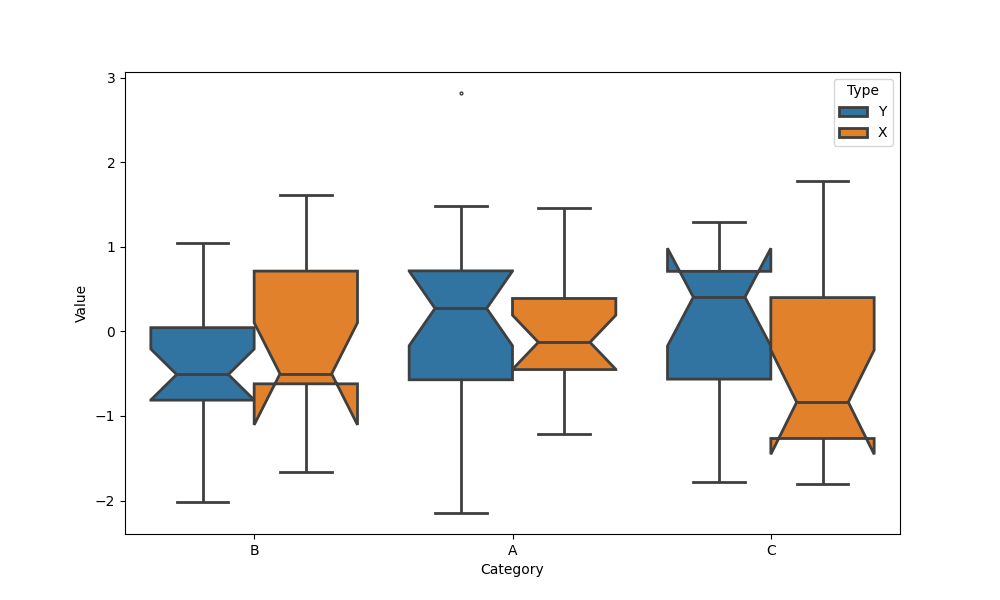
python, seaborn, boxplot, width=0.8, linewidth=2, fliersize=2, notch=True